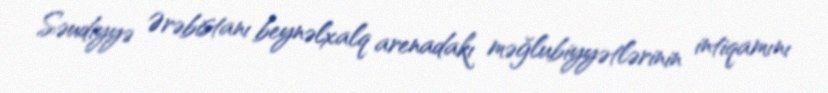
Səudiyyə Ərəbistanı beynəlxalq arenadakı məğlubiyyətlərinin intiqamını